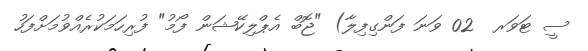
ސީ ޓަވަރ  02 ވަނަ ފަންގިފިލާ) "ޖޮބް އެޕްލިކޭޝަން ފޯމު" ފުރިހަމަކުރެއްވުމަށްފަހު